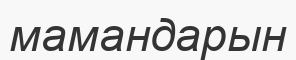
мамандарын